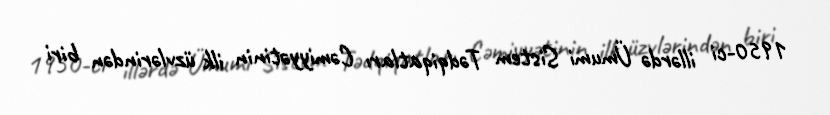
1950-ci illərdə Ümumi Sistem Tədqiqatları Cəmiyyətinin ilk üzvlərindən biri